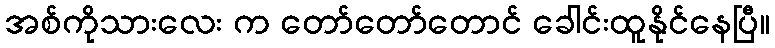
အစ်ကိုသားလေး က တော်တော်တောင် ခေါင်းထူနိုင်နေပြီ။